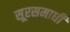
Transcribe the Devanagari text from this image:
सूरसमाधी